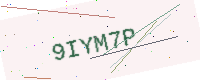
Text: 9IYM7P